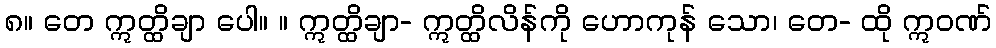
၈။ တေ ဣတ္ထိချာ ပေါ။ ။ ဣတ္ထိချာ- ဣတ္ထိလိန်ကို ဟောကုန် သော၊ တေ- ထို ဣဝဏ်